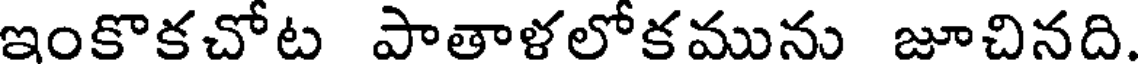
ఇంకొకచోట పాతాళలోకమును జూచినది.